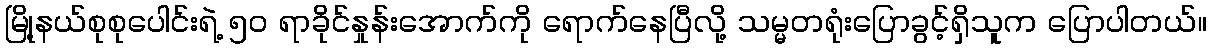
မြို့နယ်စုစုပေါင်းရဲ့ ၅၀ ရာခိုင်နှုန်းအောက်ကို ရောက်နေပြီလို့ သမ္မတရုံးပြောခွင့်ရှိသူက ပြောပါတယ်။